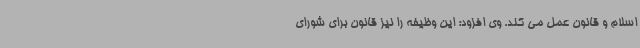
اسلام و قانون عمل می کند. وی افزود: این وظیفه را نیز قانون برای شورای